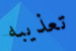
تعذيبه